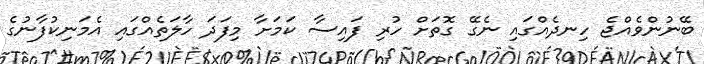
ބޭނުންވެއްޖެ ހިނދެއްގައި ނެގޭ ގޮތަށް ހުރި ފައިސާ ކަމަށާ މިފަދަ ހާލަތެއްގައި އެމަނިކުފާނުގެ